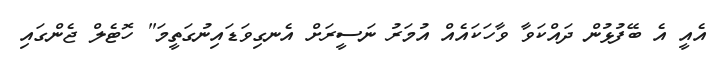
އެއީ އެ ބޭފުޅުން ދައްކަވާ ވާހަކައެއް އުމަރު ނަސީރަށް އެނގިވަޑައިނުގަތީމަ" ހޮޓެލް ޖެންގައި